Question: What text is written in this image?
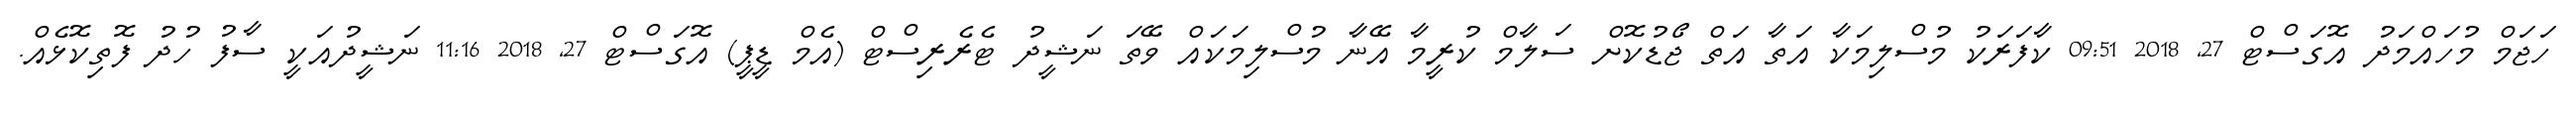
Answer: ހަޖަމް މުހައްމަދު އޮގަސްޓް 27, 2018 09:51 ކާފަރަކު މުސްލިމަކާ އަތާ އަތް ޖޯޑުކޮށް ސަލާމް ކުރީމާ އޭނާ މުސްލިމަކައް ވޭތަ ނަޝީދު ޓެރެރިސްޓް (އެމް ޑީޕީ) އޮގަސްޓް 27, 2018 11:16 ނަޝީދުއަކީ ސާފު ހުދު ފޮތިކޮޅެއް.